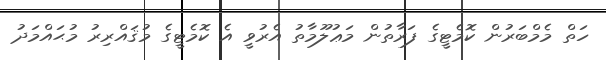
ހަތް މެމްބަރުން ކޮމެޓީގެ ފަރާތުން މަޢުލޫމާތު އެރުވީ އެ ކޮމެޓީގެ މުޤައްރިރު މުޙައްމަދު